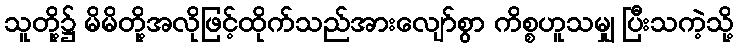
သူတို့၌ မိမိတို့အလိုဖြင့်ထိုက်သည်အားလျော်စွာ ကိစ္စဟူသမျှ ပြီးသကဲ့သို့